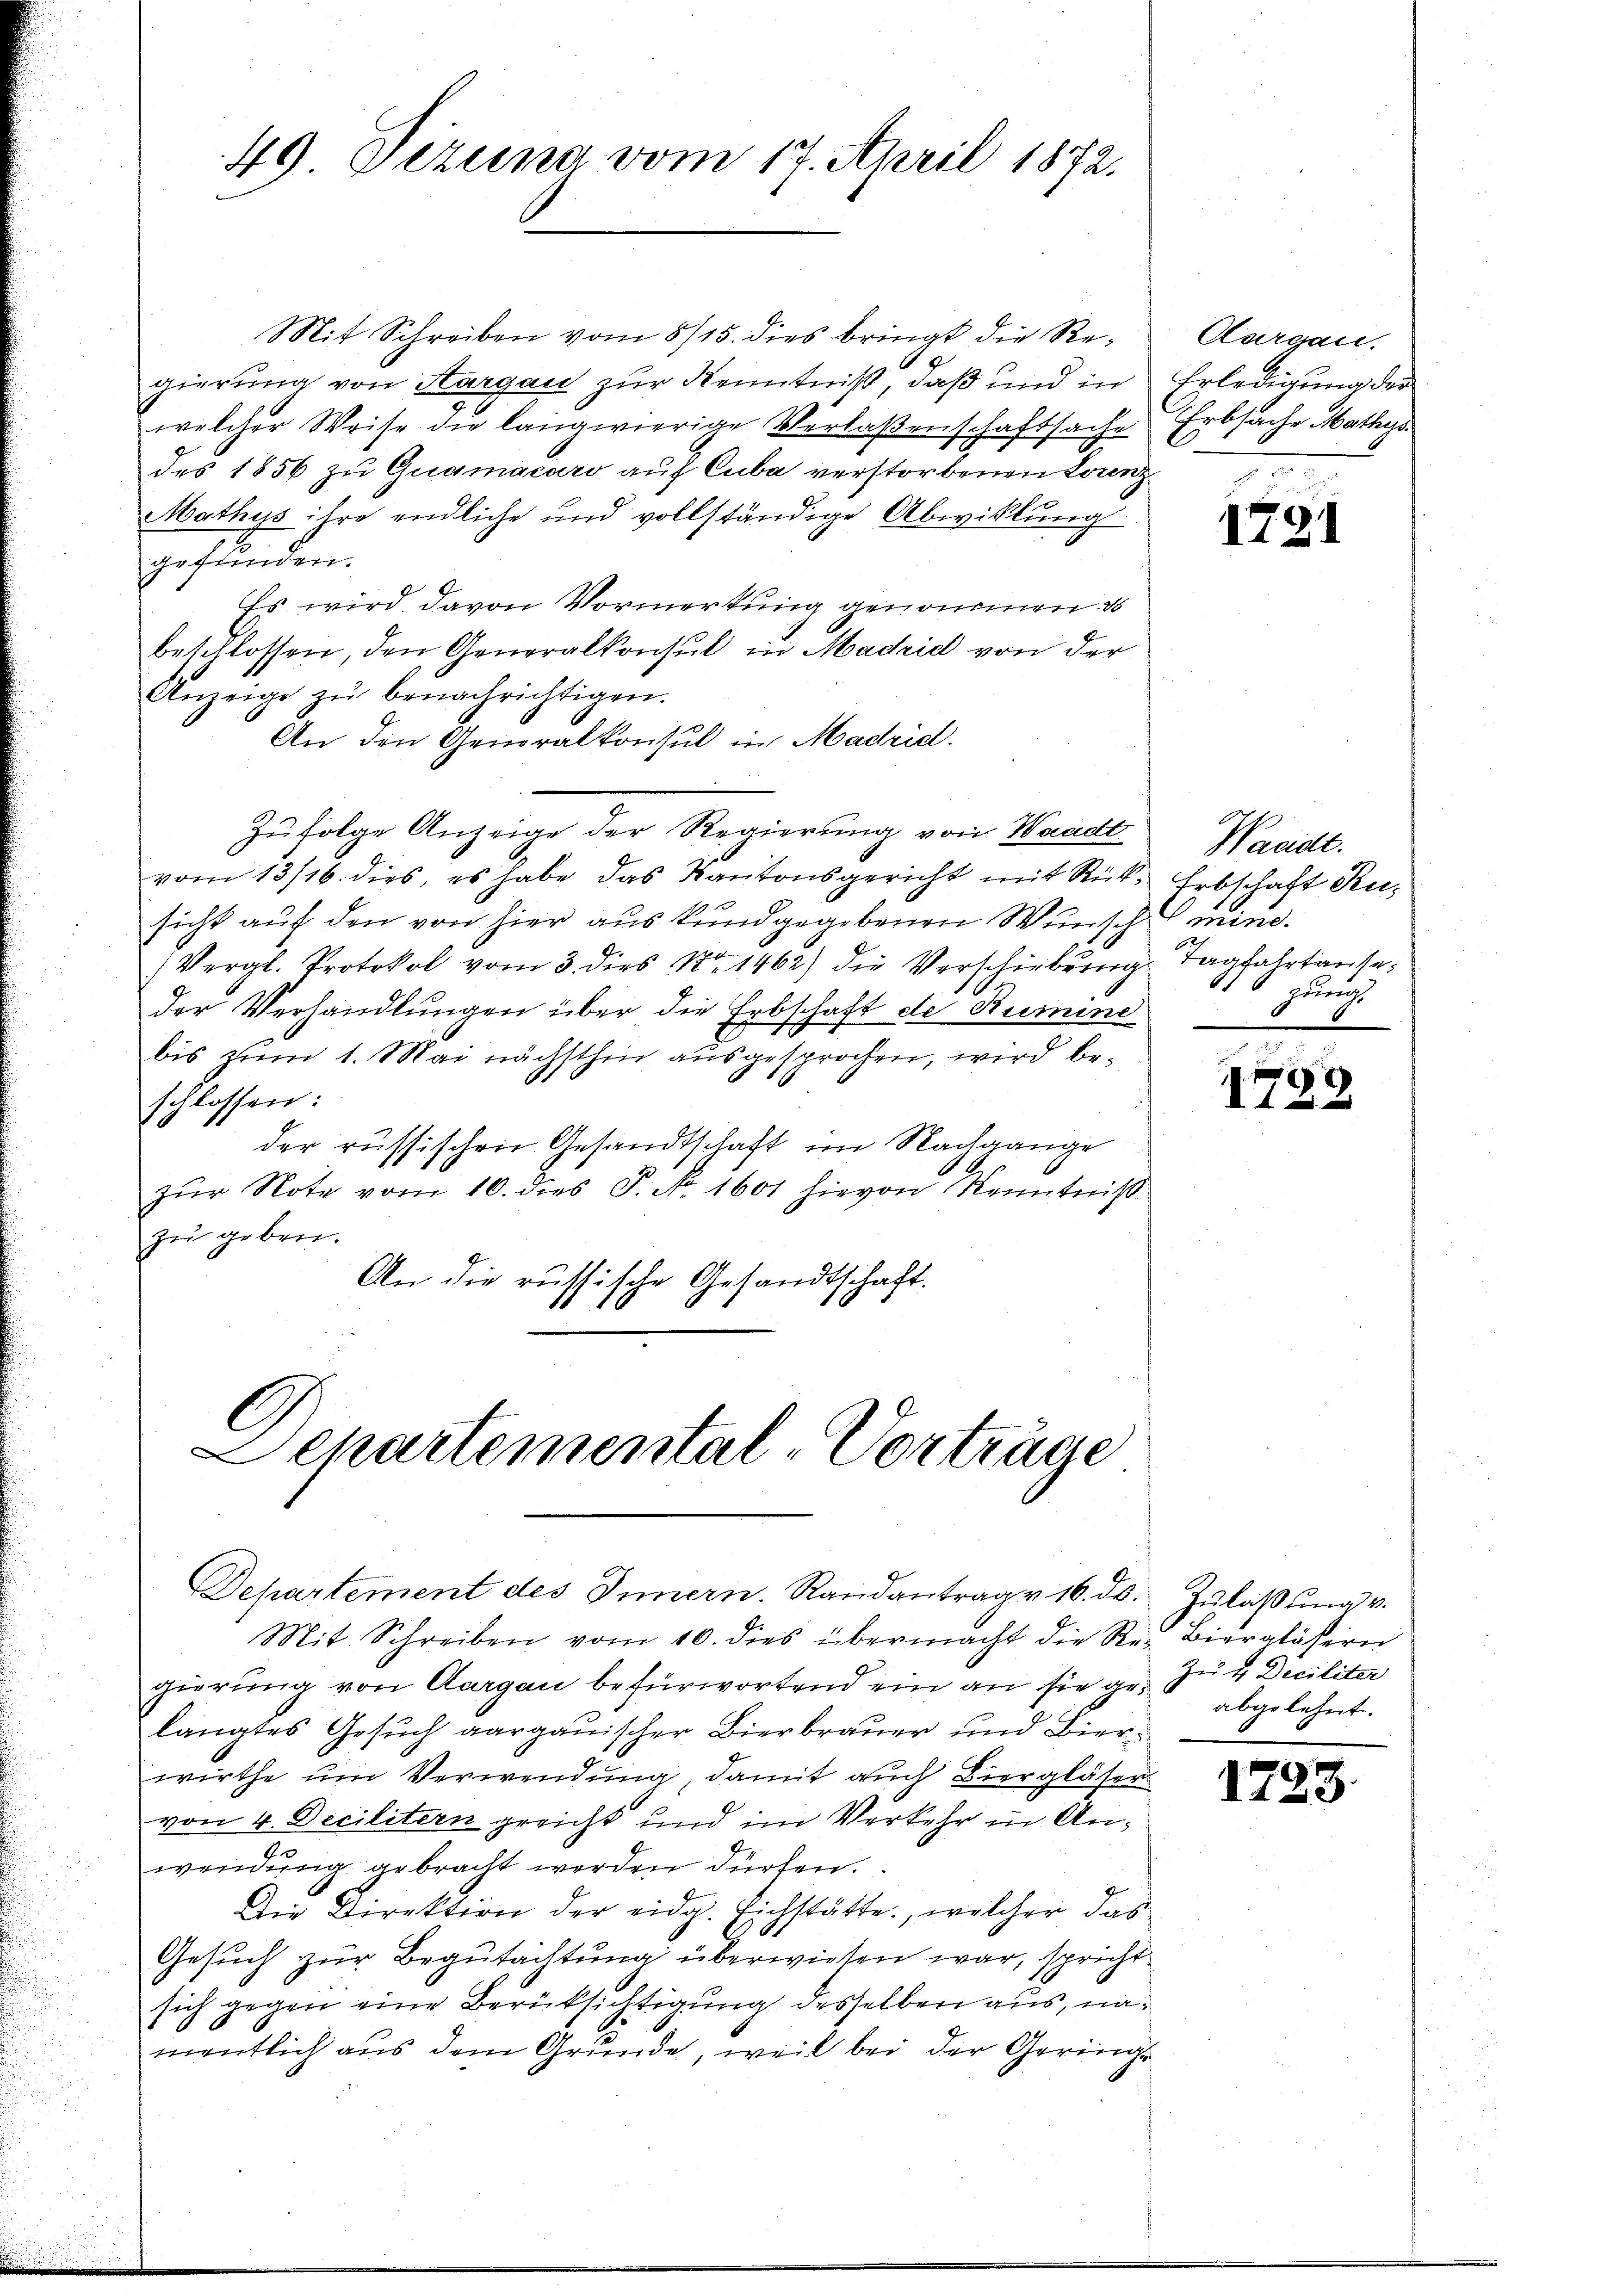
49. Dezung vom 17. April 1872.

C
Sekartemental-Vorträge
Departement des Innern. Randantrag v. 16. ds. Zŭlaβŭng v.

Mit Schreiben vom 8/15. dies bringt die Re¬
8
gierung von Sargau zur Kenntniß, daß und in
welcher Weise die langwierige Verlaßenschaftsache
des 1856 zu Quamacaro auf Cuba verstorbenen Lorenz
Mathys ihre endliche und vollständige Abwicklung
gefunden.
Es wird, davon Vormerkung genommen es
beschlossen, den Generalkonsul in Madrid von der
Anzeige zŭ benachrichtigen.
An den Generalkonsul in Madridl
Zŭfolge Anzeige der Regierŭng von Waadt Wacidt.
vom 13/16. dies, es habe das Kantonsgericht mit Rück. Erbschaft Rusicht auf den von hier aus kundgegebenen Wunsch mine.
(Vergl. Protokol vom 3. dies No 1462) die Verschiebung Tagfahrtauseder Verhandlungen über die Erbschaft de Rumine
bis zum 1. Mai nächsthin ausgesprochen, wird beschlossen:
der russischen Gesandtschaft im Nachgange
zŭr Note vom 10. dies P. Nr. 1601 hievon Kenntniß
zŭ geben.
An die russische Gesandtschaft.

Mit Schreiben vom 10. dies übermacht die Re- Bierlässerei
gierung von Aargau befürwortend ein an sie ge. zu 4 Deciliter
längtes Gesuch aargauischer Bierbrauer und Bierwirthe um Verwendung, damit auch Biergläser
von 4. Decilitern greicht und im Verkehr in Anwendŭng gebracht werden dürfen.
Die Direktion der eidg. Eichstätte, welcher das
Gesuch zur Begutachtung überwiesen war, spricht
sich gegen eine Berüksichtigung desselben aus, namentlich aus dem Grunde, weil bei der Geringe

Aargau.
Erledigung der
Erbsache Mathys

1731

zung

789

abgelehnt.

15

23.